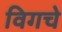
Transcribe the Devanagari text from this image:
विगचे